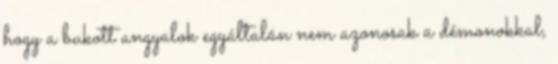
hogy a bukott angyalok egyáltalán nem azonosak a démonokkal,